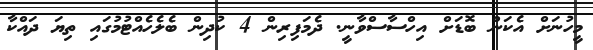
މީހުނަށް އެކަން ބޮޑަށް އިހްސާސްވާނީ. ދެމަފިރިން 4 ކުދިން ބެލެހެއްޓުމުގައި ތިޔަ ދައްކާ